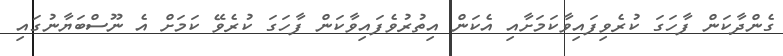
ގެންދާކަން ފާހަގަ ކުރެވިފައިވާކަމަށާއި އެކަން އިތުރުވެފައިވާކަން ފާހަގަ ކުރެވޭ ކަމަށް އެ ނޫސްބަޔާނުގައި